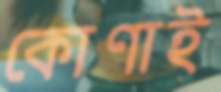
কোণাই